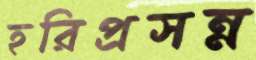
হরিপ্রসন্ন